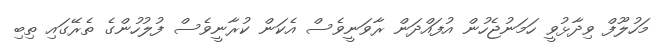
މަހުލޫފް ވިދާޅުވީ ހަމަނުޖެހުން އުފައްދަން ރާވަނީވެސް އެކަން ކުރާނީވެސް ފުލުހުންގެ ތެރޭގައި ތިބި